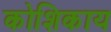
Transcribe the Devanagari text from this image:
कोशिकाय